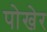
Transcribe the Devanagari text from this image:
पोखेर